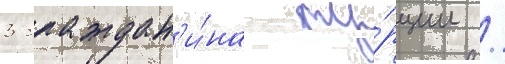
3 граждан'и́на ту́рции /